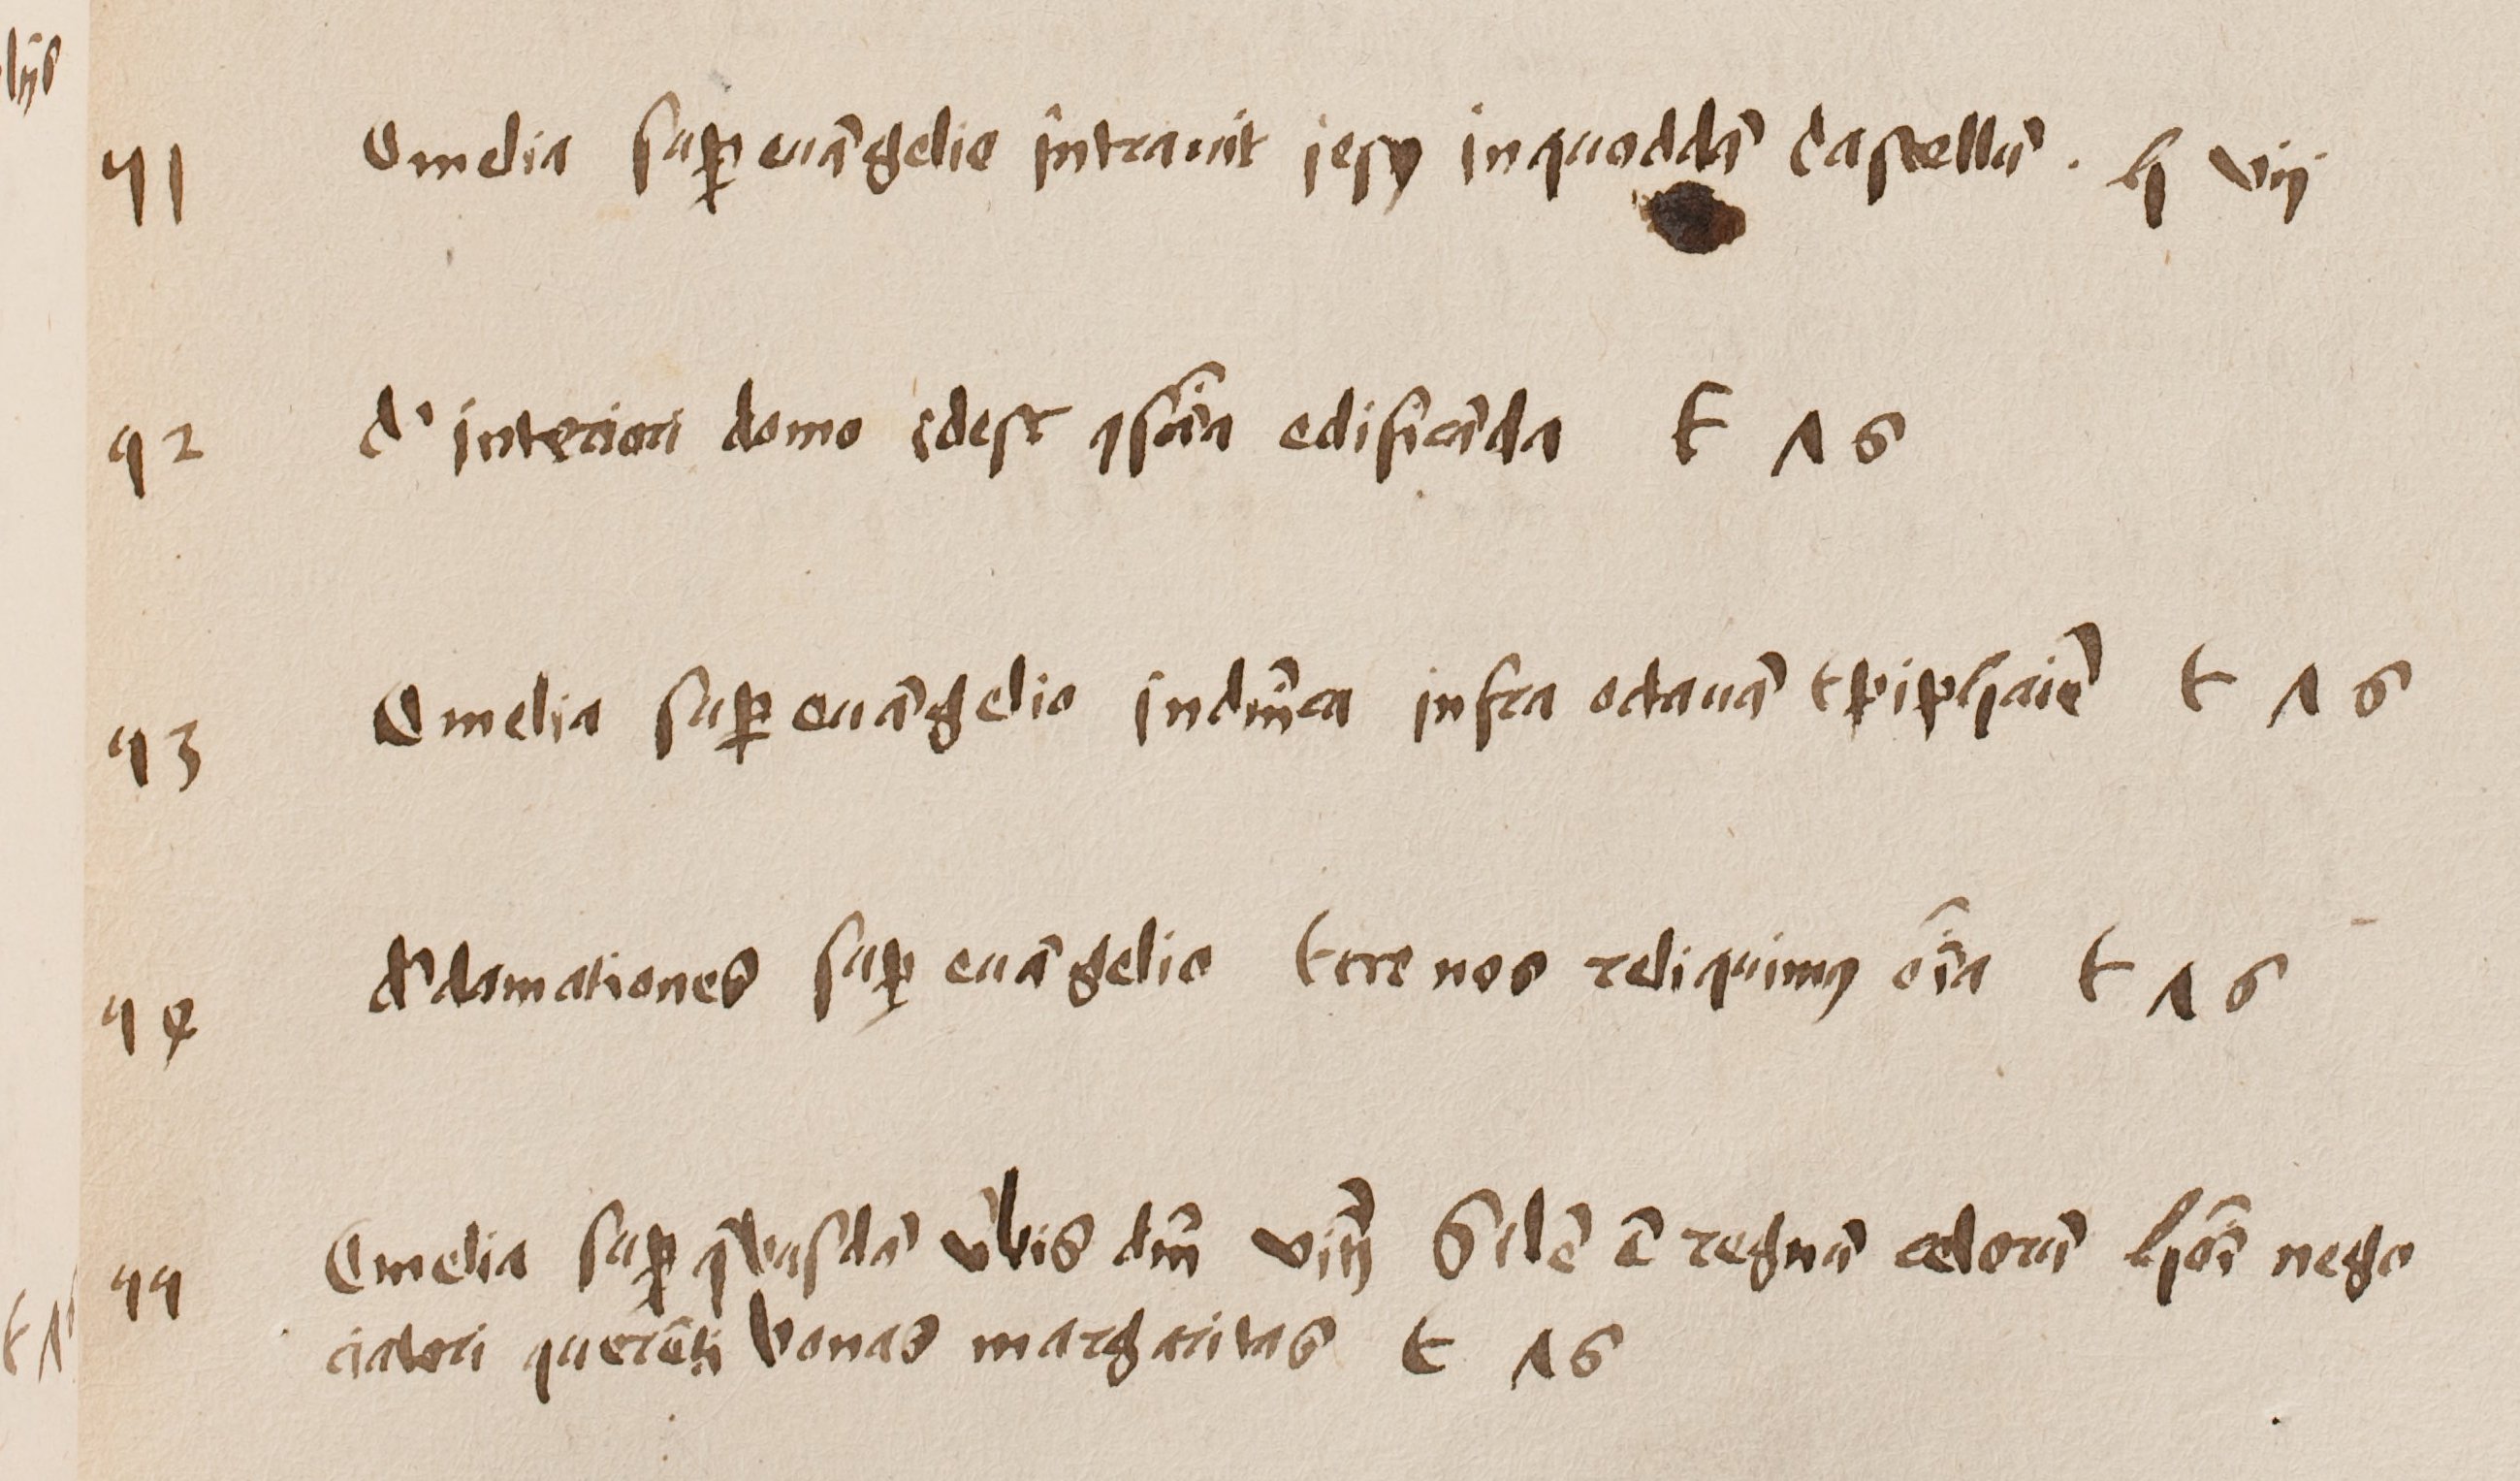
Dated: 1500–1530